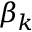
\beta _ { k }